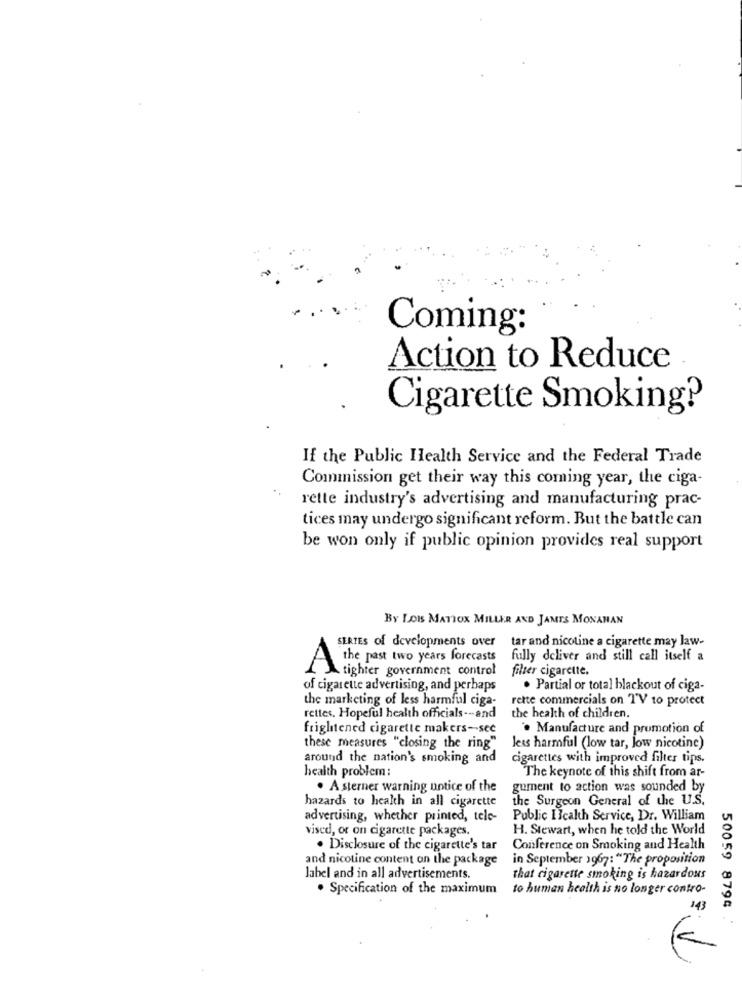
Coming:
Action to Reduce
Cigarette Smoking?
If the Public Health Service and the Federal Trade
Commission get their way this coming year, the ciga-
rette industry's advertising and manufacturing prac-
tices may undergo significant reform. But the battle can
be won only if public opinion provides real support
By LOIS MATIOX MILLER AND JAMES MONAHAN
SERTES of developments over
tar and nicotine a cigarette may law-
the past two years forecasts
fully deliver and still call itself a
lighter government control
filter cigarette.
of cigarette advertising, and perhaps
. Partial or total blackout of ciga-
the marketing of less harmful ciga-
rette commercials on TV to protect
rettes, Hopeful health officials --- and
the health of children.
frightened cigarette makers -- see
. Manufacture and promotion of
these measures "closing the ring"
Jess harmful (low tar, low nicotine)
around the nation's smoking and
cigarettes with improved filter tips.
The keynote of this shift from ar-
health problem :
. A sterner warning notice of the
gument to action was sounded by
hazards to health in all cigarette
the Surgeon General of the U.S.
advertising, whether printed, tele-
Public Icalth Service, Dr. William
vised, or on cigarette packages.
H. Stewart, when he told the World
. Disclosure of the cigarette's tar
Conference on Smoking and Health
and nicotine content on the package
in September 1967: "The proposition
label and in all advertisements.
that cigarette smoking is hazardous
. Specification of the maximum
to human health is no longer contro-
14]
50059 8794 .